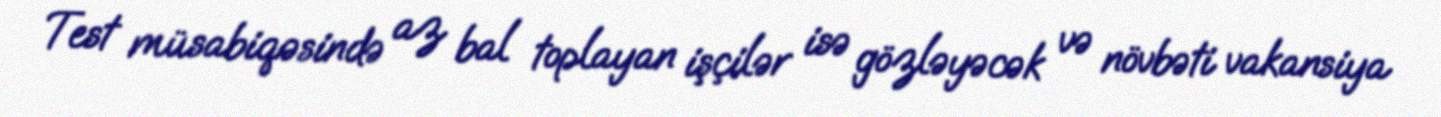
Test müsabiqəsində az bal toplayan işçilər isə gözləyəcək və növbəti vakansiya